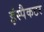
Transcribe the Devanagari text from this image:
इंस्पैकटर